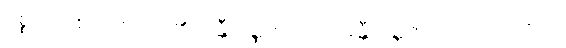
ရုစ္စတိ၊ နှစ်သက်အပ်၏။ ခန္တီဝဏ္ဏဇာတကံ၊ ခန္တီဝဏ္ဏဇာတ်သည်။ နိဋ္ဌိတံ၊